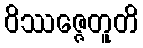
ဝိဿဇ္ဇေတူတိ